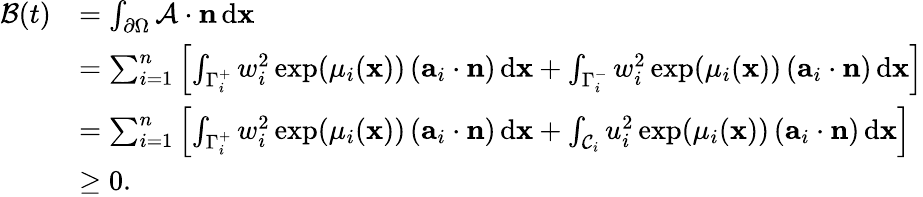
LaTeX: \begin{array}{rl}{\mathcal{B}(t)}&{=\int_{\partial\Omega}\mathcal{A}\cdot\mathbf{n}\, \textup{d}\mathbf{x}}\\ &{=\sum_{i=1}^{n}\left[\int_{\Gamma_{i}^{+}}w_{i}^{2}\exp(\mu_{i}(\mathbf{x}))\left(\mathbf{a}_{i}\cdot\mathbf{n}\right)\, \textup{d}\mathbf{x}+\int_{\Gamma_{i}^{-}}w_{i}^{2}\exp(\mu_{i}(\mathbf{x}))\left(\mathbf{a}_{i}\cdot\mathbf{n}\right)\, \textup{d}\mathbf{x}\right]}\\ &{=\sum_{i=1}^{n}\left[\int_{\Gamma_{i}^{+}}w_{i}^{2}\exp(\mu_{i}(\mathbf{x}))\left(\mathbf{a}_{i}\cdot\mathbf{n}\right)\, \textup{d}\mathbf{x}+\int_{\mathcal{C}_{i}}u_{i}^{2}\exp(\mu_{i}(\mathbf{x}))\left(\mathbf{a}_{i}\cdot\mathbf{n}\right)\, \textup{d}\mathbf{x}\right]}\\ &{\geq 0.}\end{array}